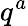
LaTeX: q^{a}